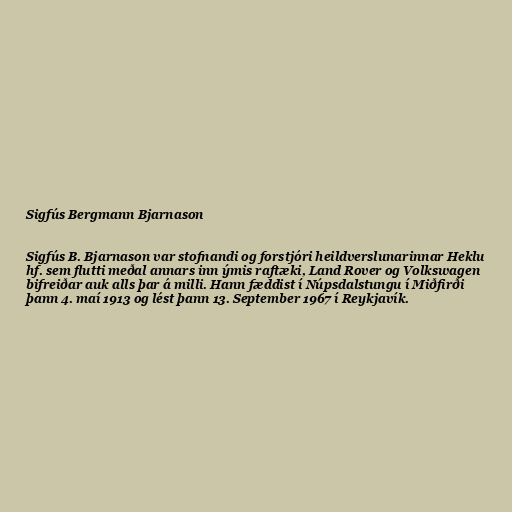
Sigfús Bergmann Bjarnason

Sigfús B. Bjarnason var stofnandi og forstjóri heildverslunarinnar Heklu
hf. sem flutti meðal annars inn ýmis raftæki, Land Rover og Volkswagen
bifreiðar auk alls þar á milli. Hann fæddist í Núpsdalstungu í Miðfirði
þann 4. maí 1913 og lést þann 13. September 1967 í Reykjavík.